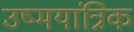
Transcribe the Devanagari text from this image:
उष्मयांत्रिक